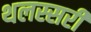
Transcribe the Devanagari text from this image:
थलस्सरी